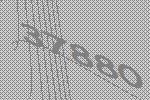
37880